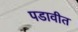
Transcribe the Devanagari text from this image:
पडावीत